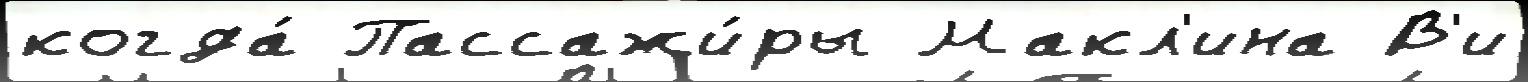
когда́ Пассажи́ры Макл'ина В'и